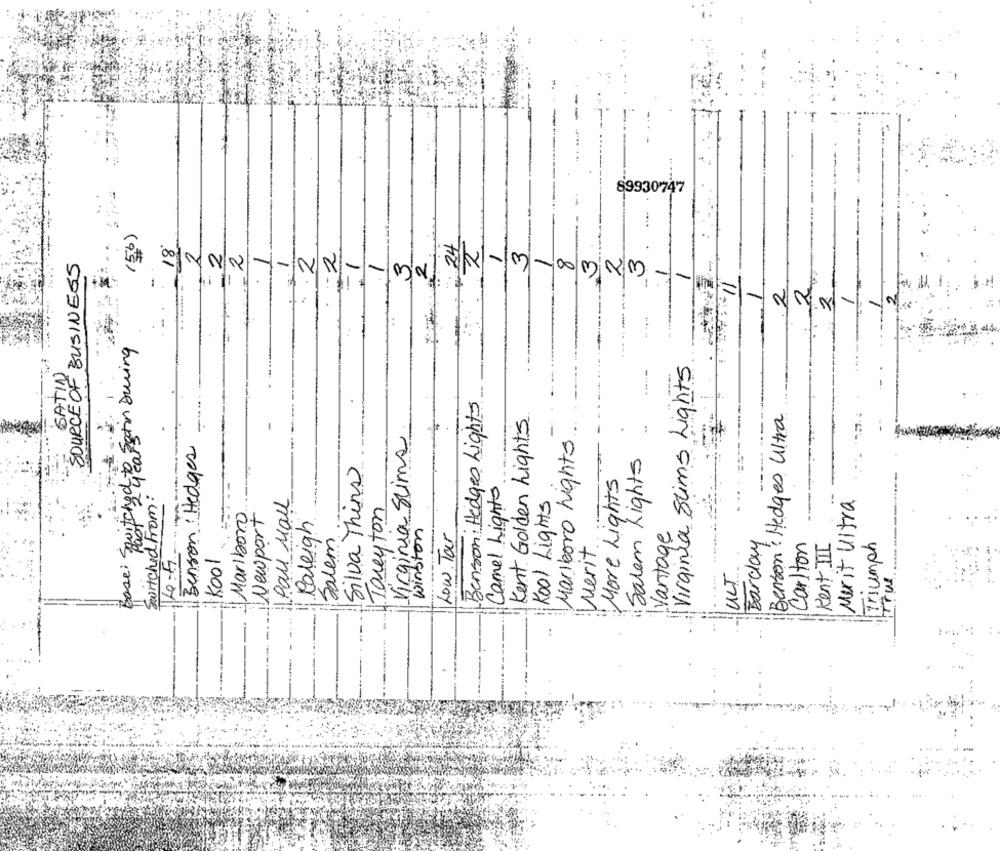
89930747
(56)
18
2
2
3
SOURCE OF BUSINESS
-
2
2
2
3
3
00
min
-
-
2
2
-
Basei Switched te Satin During
Virginia Slims Lights
SATIN
Benson; Hedges Lights
-
Kent Golden Lights
Benson : Hedges Ultra
Virginia Stima
Marlboro Lights
Benson : Hedges
Salem Lights
Silva Thins
-----
More Lights
Camel Lights
Switched From
Paul Mall
Kool Lights
Merit Ultra
Toreyton
Marlboro
Newport
Raleigh
Salem
winston
Low. Tar
Vantage
Merit
Barclay
Carlton
Kent III
Triumph
Kool
ULT
titul